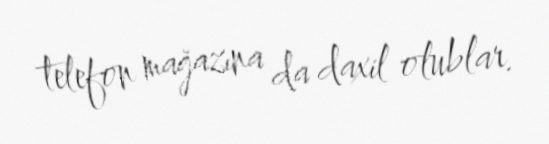
telefon mağazına da daxil olublar.